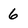
Character: 6